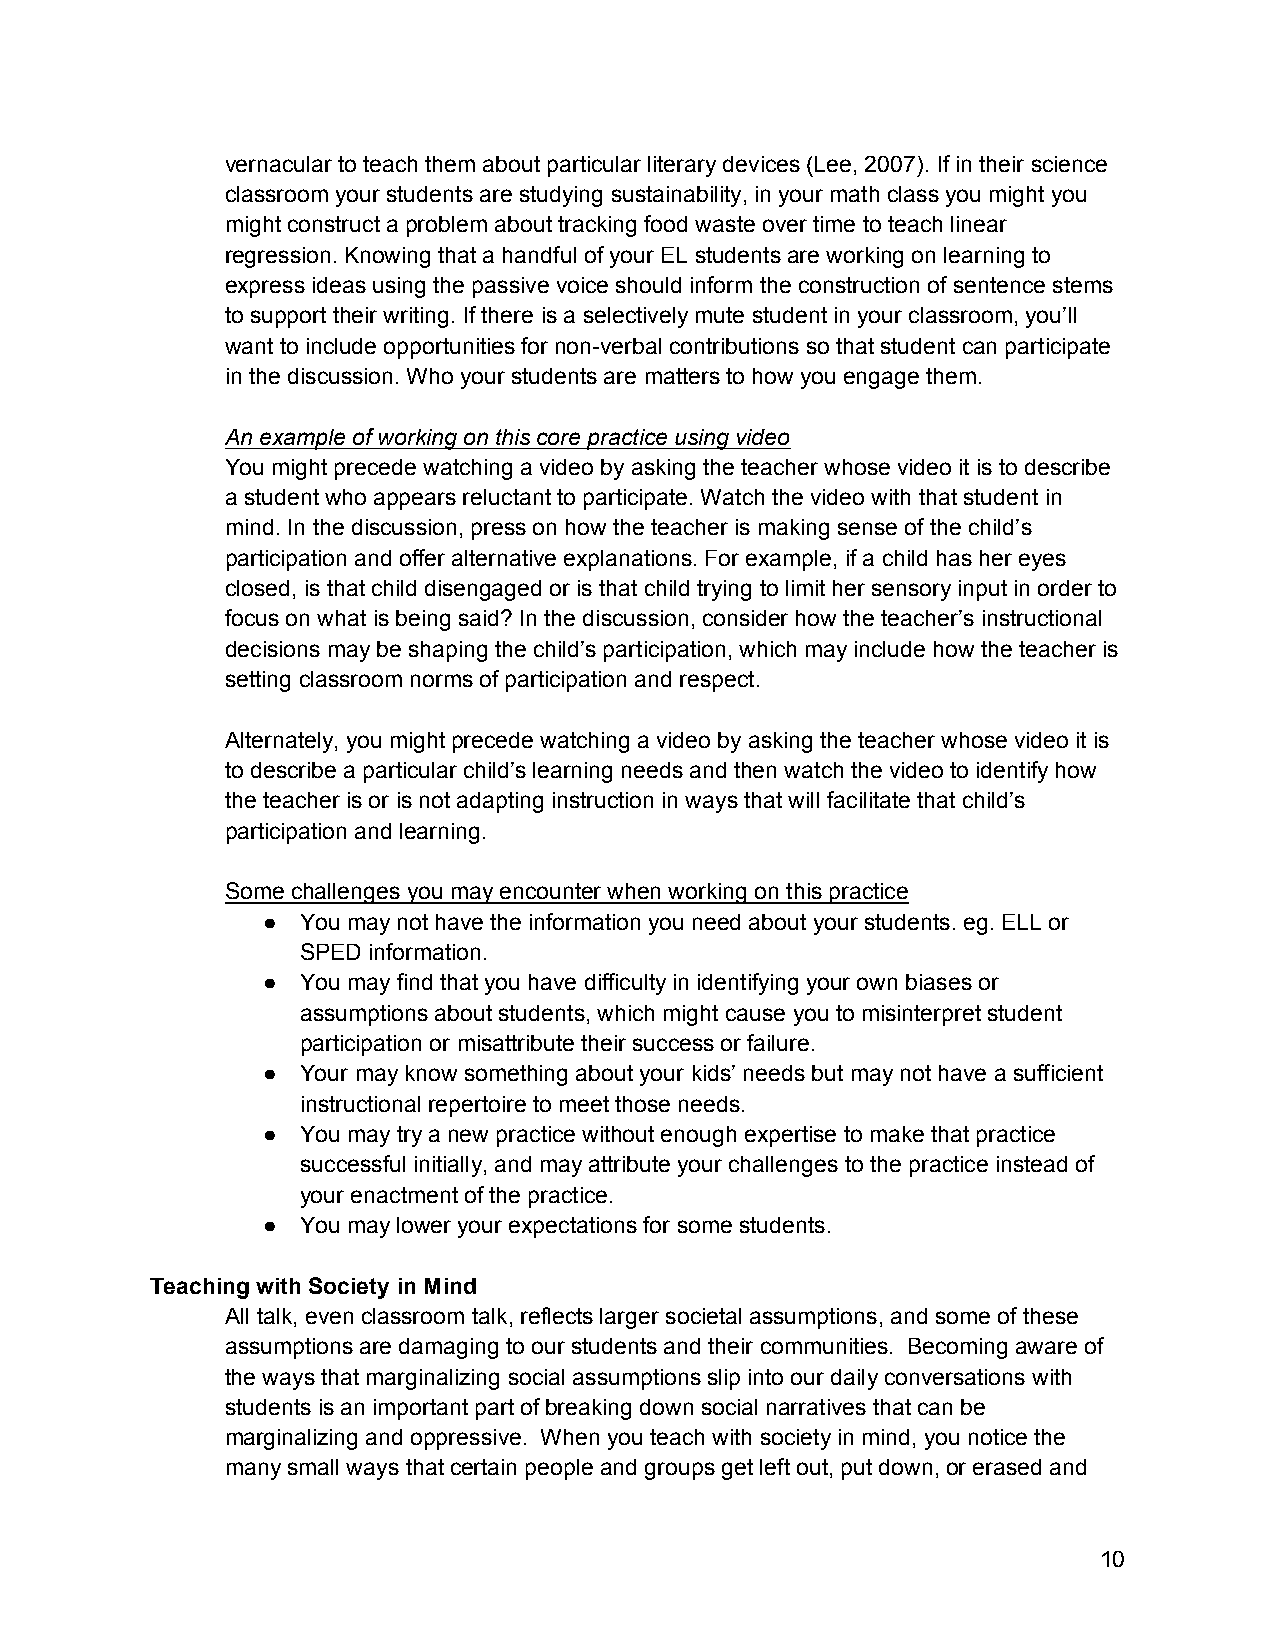
vernacular to teach them about particular literary devices (Lee, 2007). If in their science
 classroom your students are studying sustainability, in your math class you might you
 might construct a problem about tracking food waste over time to teach linear
 regression. Knowing that a handful of your EL students are working on learning to
 express ideas using the passive voice should inform the construction of sentence stems
 to support their writing. If there is a selectively mute student in your classroom, you’ll
 want to include opportunities for non­verbal contributions so that student can participate
 in the discussion. Who your students are matters to how you engage them.
 An example of working on this core practice using video
 You might precede watching a video by asking the teacher whose video it is to describe
 a student who appears reluctant to participate. Watch the video with that student in
 mind. In the discussion, press on how the teacher is making sense of the child’s
 participation and offer alternative explanations. For example, if a child has her eyes
 closed, is that child disengaged or is that child trying to limit her sensory input in order to
 focus on what is being said? In the discussion, consider how the teacher’s instructional
 decisions may be shaping the child’s participation, which may include how the teacher is
 setting classroom norms of participation and respect.
 Alternately, you might precede watching a video by asking the teacher whose video it is
 to describe a particular child’s learning needs and then watch the video to identify how
 the teacher is or is not adapting instruction in ways that will facilitate that child’s
 participation and learning.
 Some challenges you may encounter when working on this practice
 ●  You may not have the information you need about your students. eg. ELL or
 SPED information.
 ●  You may find that you have difficulty in identifying your own biases or
 assumptions about students, which might cause you to misinterpret student
 participation or misattribute their success or failure.
 ●  Your may know something about your kids’ needs but may not have a sufficient
 instructional repertoire to meet those needs.
 ●  You may try a new practice without enough expertise to make that practice
 successful initially, and may attribute your challenges to the practice instead of
 your enactment of the practice.
 ●  You may lower your expectations for some students.
 Teaching with Society in Mind
 All talk, even classroom talk, reflects larger societal assumptions, and some of these
 assumptions are damaging to our students and their communities. Becoming aware of
 the ways that marginalizing social assumptions slip into our daily conversations with
 students is an important part of breaking down social narratives that can be
 marginalizing and oppressive. When you teach with society in mind, you notice the
 many small ways that certain people and groups get left out, put down, or erased and
 10